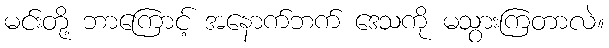
မင်းတို့ ဘာကြောင့် အနောက်ဘက် ဒေသကို မသွားကြတာလဲ။